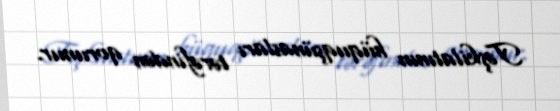
Təşkilatının hüquqşünasları tərəfindən qorunur.